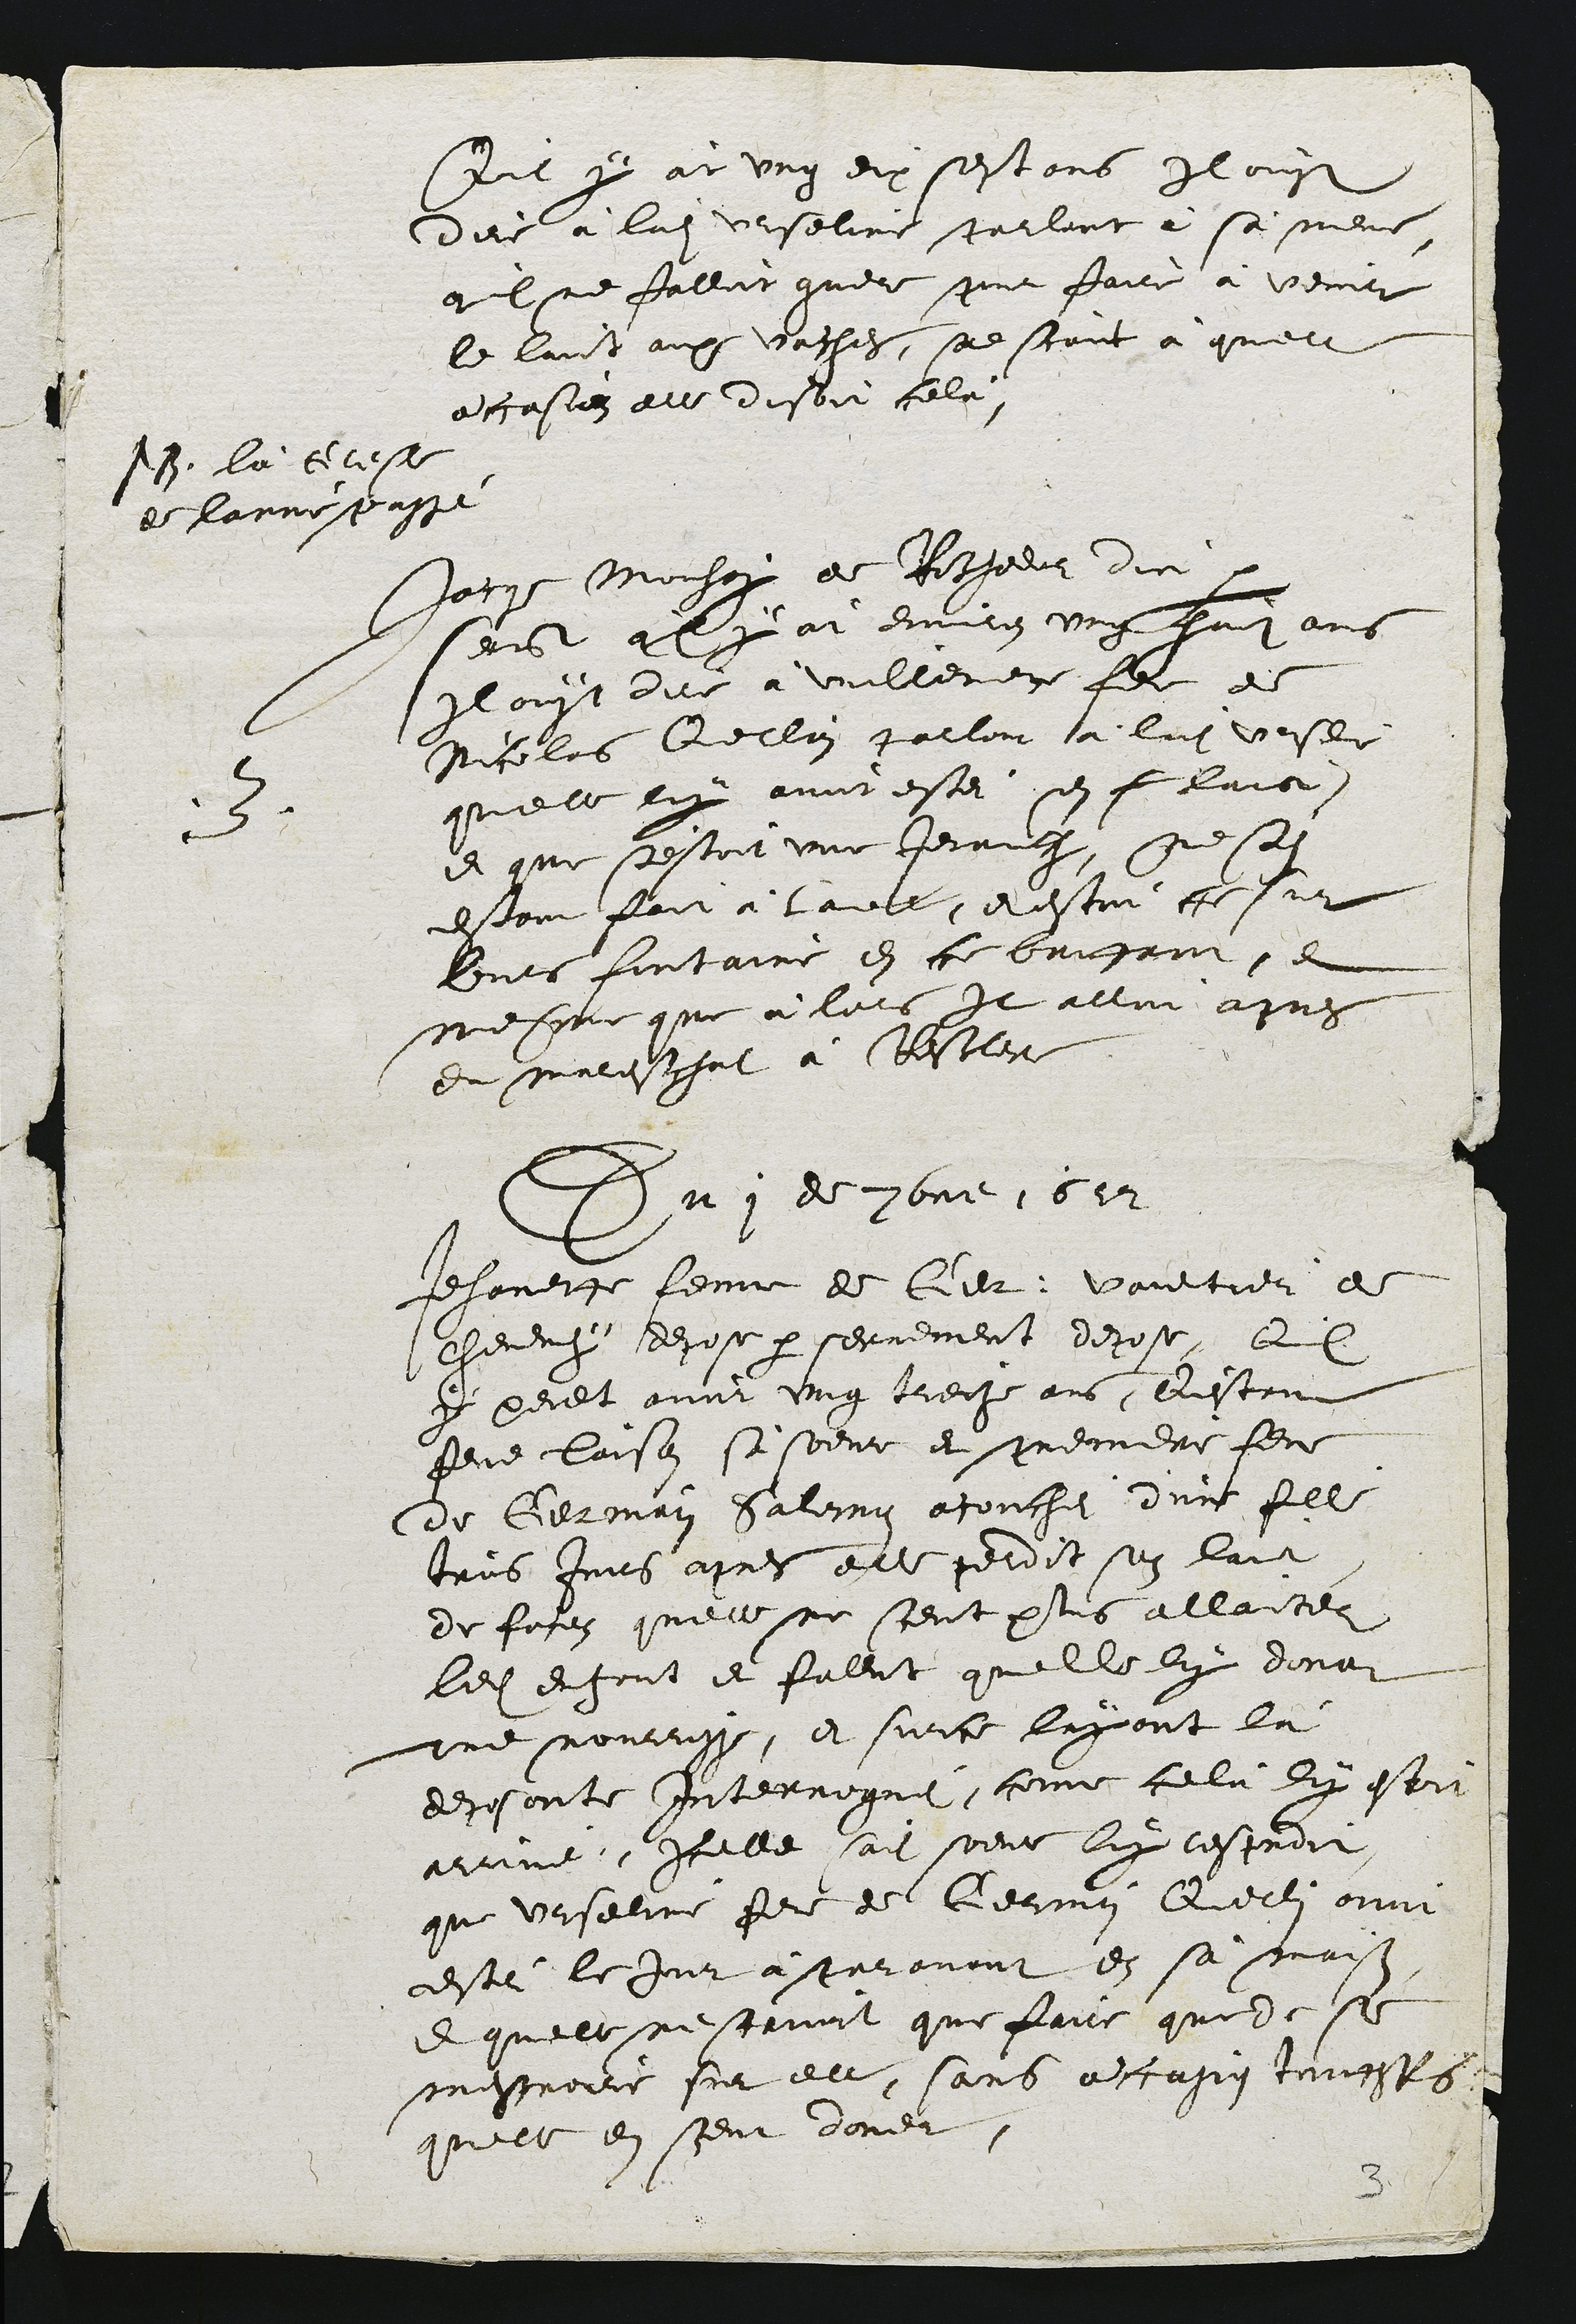
it y at ung eix sestons Ilouy
dire à ladite Urseline parlent a sa mene,
qil ne fallot guere pont faice a venir
le lait aux vaches, se scaic à quelle
accasien elle disoit cela,

N8 la tetest
de lanne passe

3
Jocqe Monsir de Retjoeur die
sen qlyat enven ung faz ans
Il out dier a Vuillerer fole et
Nicolas Cellai palloir a laite veser
quelle ny avoit ester en f laic
et que sestoit une Jeraing, ne
estant fait a lae, e estan te ur
bnts fontaine en ce brugant, et
mesmue que à lors il allat apres
et malestchat à Bestler

Du 1 de 3bre 1612

Jehanere femme de lier, voultrer a
chevenh dehose par serrement depose, Qul
# peuet avoit ung treche ans, Eestent
fne laisoz si soent et menndre feu
de Germain Saliny acouché dun fil
trus Imis apres elle perdit sog lait
de fores quelle ne scent plus allantes
ledit et font et falut quelle ly dona
nne nouruss, et sur ce luyont la
deposante Interrogué, comme cela Ey estr
arrine, Icelle sait soent luy cesproit
que Urselne fer de Germy Cecti onni
esté le jur aparovont en sa mais
etquelle ne struvit que faice que de se
messorre sur elle, sans a casig toufffs
quelle en seut doner.

3